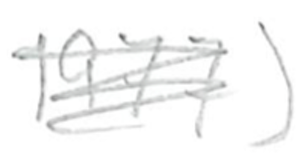
Text: 1977)
Cross-out: scratch
Writing tool: pencil